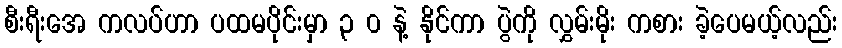
စီးရီးအေ ကလပ်ဟာ ပထမပိုင်းမှာ ၃ ၀ နဲ့ နိုင်ကာ ပွဲကို လွှမ်းမိုး ကစား ခဲ့ပေမယ့်လည်း